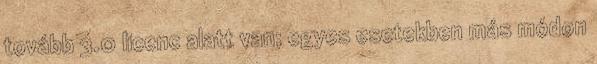
tovább 3.0 licenc alatt van; egyes esetekben más módon